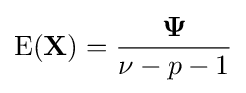
\operatorname {E} (\mathbf {X} )={\frac {\mathbf {\Psi } }{\nu -p-1}}